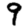
Digit: 9